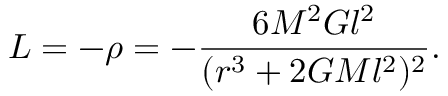
{ \cal L } = - \rho = - \frac { 6 M ^ { 2 } G l ^ { 2 } } { ( r ^ { 3 } + 2 G M l ^ { 2 } ) ^ { 2 } } .